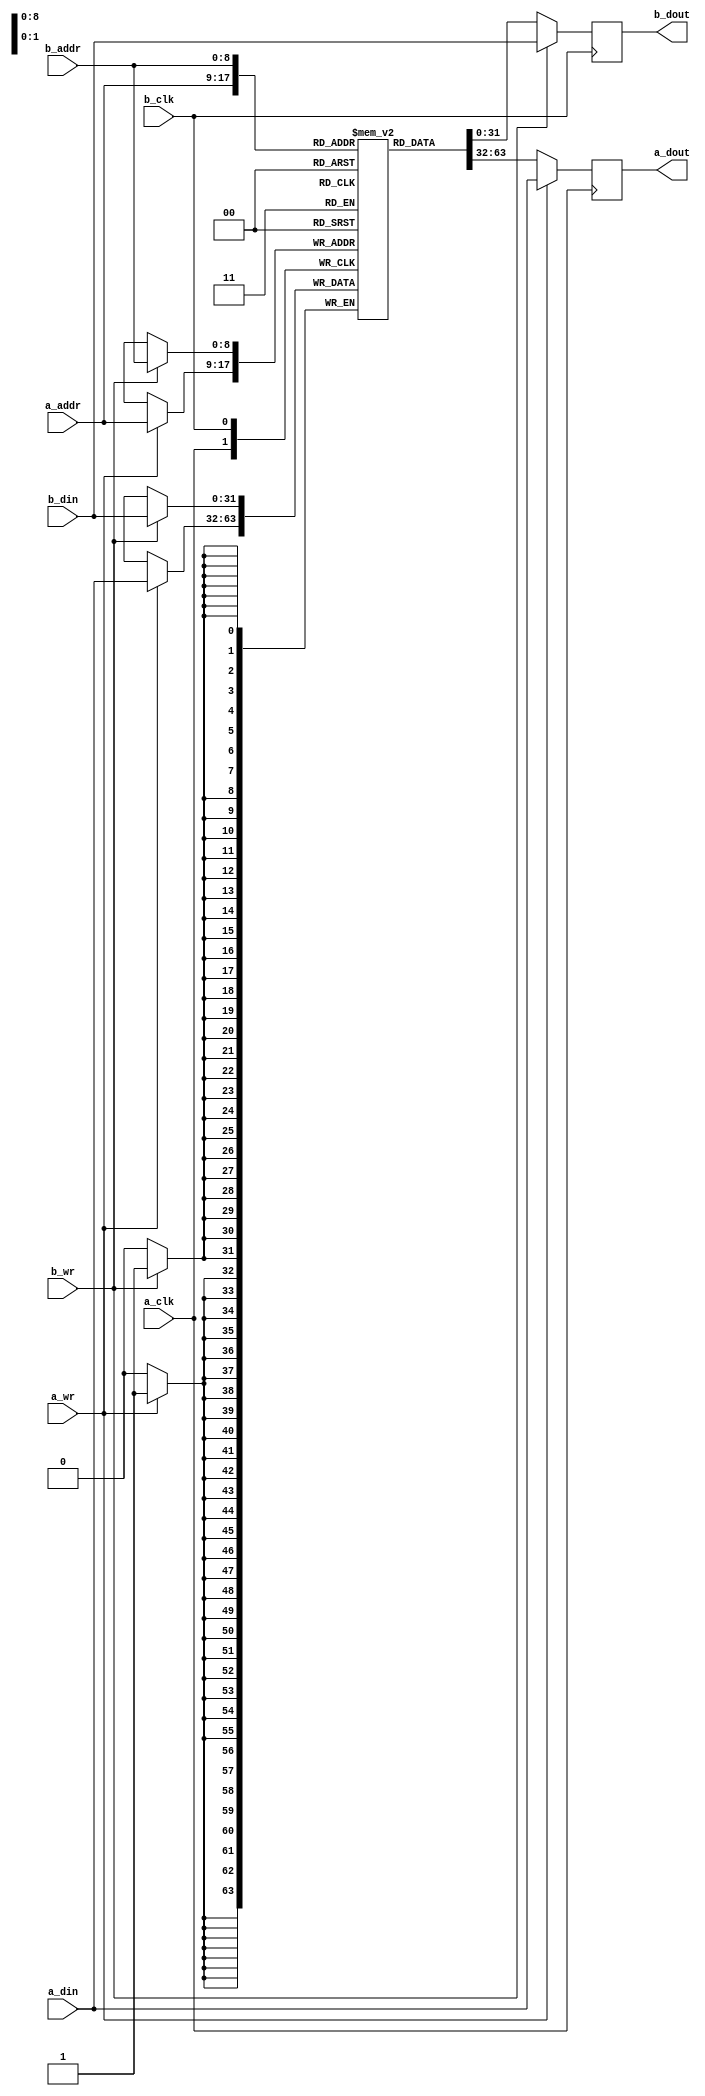
module Inferable_BRAM #(
    parameter OREG = 0,
    parameter DATA = 32,
    parameter ADDR = 9
) (
    // Port A
    input   wire                a_clk,
    input   wire                a_wr,
    input   wire    [ADDR-1:0]  a_addr,
    input   wire    [DATA-1:0]  a_din,
    output  reg     [DATA-1:0]  a_dout,
     
    // Port B
    input   wire                b_clk,
    input   wire                b_wr,
    input   wire    [ADDR-1:0]  b_addr,
    input   wire    [DATA-1:0]  b_din,
    output  reg     [DATA-1:0]  b_dout
);
 
// Shared memory
reg [DATA-1:0] mem [(2**ADDR)-1:0];

integer i;
initial begin
    for (i = 0; i < (2**ADDR); i = i + 1) begin: initialmem
        mem[i] <= i;
    end
end

generate
if (OREG) begin // pipelined BRAM
    // Port A
    reg     [DATA-1:0]  a_oreg, b_oreg;
    always @(posedge a_clk) begin
        a_dout <= a_oreg;
        a_oreg <= mem[a_addr];
        if(a_wr) begin
            a_oreg      <= a_din;
            mem[a_addr] <= a_din;
        end
    end
     
    // Port B
    always @(posedge b_clk) begin
        b_dout <= b_oreg;
        b_oreg <= mem[b_addr];
        if(b_wr) begin
            b_oreg      <= b_din;
            mem[b_addr] <= b_din;
        end
    end
end else begin // flow-through BRAM
    // Port A
    always @(posedge a_clk) begin
        a_dout      <= mem[a_addr];
        if(a_wr) begin
            a_dout      <= a_din;
            mem[a_addr] <= a_din;
        end
    end
     
    // Port B
    always @(posedge b_clk) begin
        b_dout      <= mem[b_addr];
        if(b_wr) begin
            b_dout      <= b_din;
            mem[b_addr] <= b_din;
        end
    end
end
endgenerate
 
endmodule